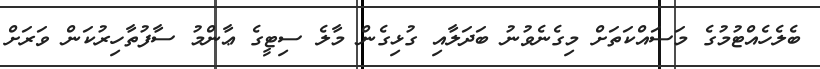
ބެލެހެއްޓުމުގެ މަސައްކަތަށް މިގެނެވުނު ބަދަލާއި ގުޅިގެން މާލެ ސިޓީގެ ޢާންމު ސާފުތާހިރުކަން ވަރަށް